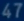
47